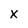
Character: X